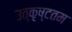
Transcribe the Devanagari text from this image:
उत्‍कृष्‍टतम